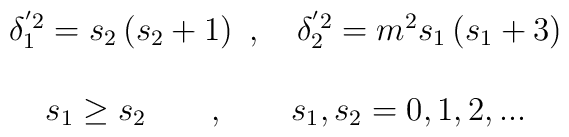
\begin{array}{c}\delta _1^{^{\prime }2}=s_2\left( s_2+1\right) \ ,\quad \delta _2^{^{\prime}2}=m^2s_1\left( s_1+3\right) \\\\s_1\geq s_2\qquad ,\qquad s_1,s_2=0,1,2,...\end{array}